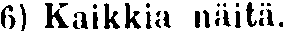
6) Kaikkia näitä.